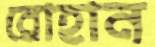
রোহান